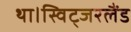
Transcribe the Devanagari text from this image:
था।स्विट्जरलैंड